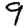
Digit: 9